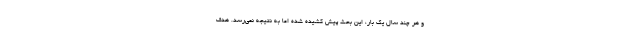
و هر چند سال یک بار، این بحث پیش کشیده شده اما به نتیجه نمی‌رسد. هدف